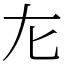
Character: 㔫